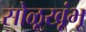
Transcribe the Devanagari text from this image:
सोळूखूंभू